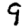
Digit: 9